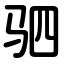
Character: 驷